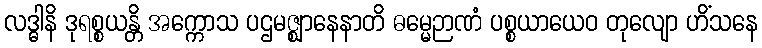
လဒ္ဓါနိ ဒုရစ္စယန္တိ အက္ကောသ ပဌမဇ္ဈာနေနာတိ ဓမ္မေဉာဏံ ပစ္စယာယေဝ တုလျော ဟိံသနေ